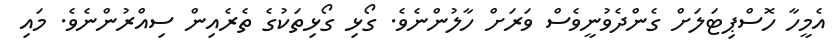
އެމީހާ ހޮސްޕިޓަލަށް ގެންދެވުނީވެސް ވަރަށް ހާލުންނެވެ. ގޯޅި ގޯޅިތަކުގެ ތެރެއިން ސިއްރުންނެވެ. މައި